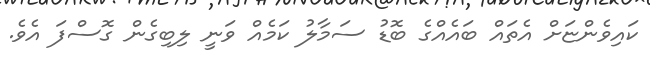
ކައިވެންޏަށް އެތައް ބައެއްގެ ބޮޑު ސަމާލު ކަމެއް ވަނީ ލިބިގެން ގޮސްފަ އެވެ.